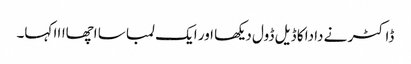
ڈاکٹر نے دادا کا ڈیل ڈول دیکھا اور ایک لمبا سا اچھاااا کہا۔